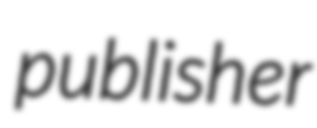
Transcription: publisher